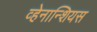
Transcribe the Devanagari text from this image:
व्हेनान्शियस